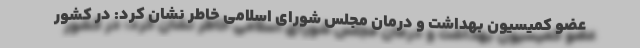
عضو کمیسیون بهداشت و درمان مجلس شورای اسلامی خاطر نشان کرد: در کشور